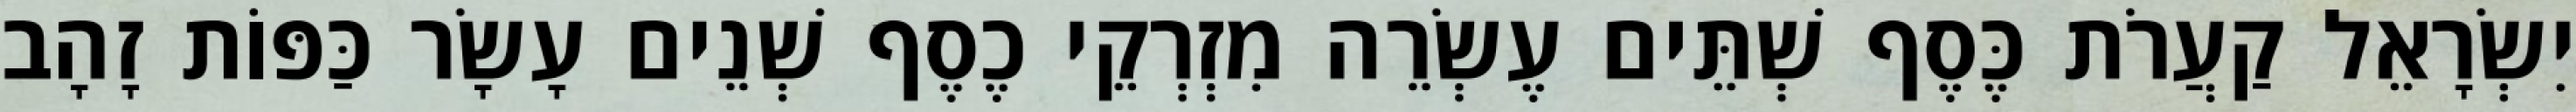
יִשְׂרָאֵל קַעֲרֹת כֶּסֶף שְׁתֵּים עֶשְׂרֵה מִזְרְקֵי כֶסֶף שְׁנֵים עָשָׂר כַּפּוֹת זָהָב